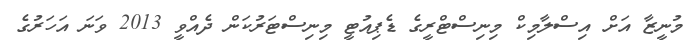
މުނީޒާ އަށް އިސްލާމިކް މިނިސްޓްރީގެ ޑެޕިއުޓީ މިނިސްޓަރުކަން ދެއްވީ 2013 ވަނަ އަހަރުގެ